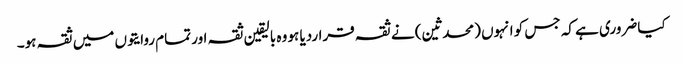
کیا ضروری ہے کہ جس کو انہوں (محدثین) نے ثقہ قراردیا ہو وہ بالیقین ثقہ اور تمام روایتوں میں ثقہ ہو۔